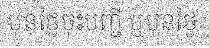
មុនថ្ងៃចុះបញ្ជី ឬមុនថ្ងៃ